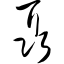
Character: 聂